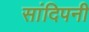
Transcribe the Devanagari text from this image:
सांदिपनी